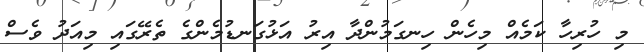
މި ހުރިހާ ކަމެއް މިހެން ހިނގަމުންދާ އިރު އަޅުގަނޑުމެންގެ ތެރޭގައި މިއަދު ވެސް